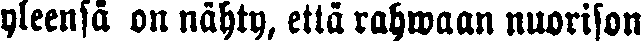
yleensä on nähty, että rahwaan nuorison